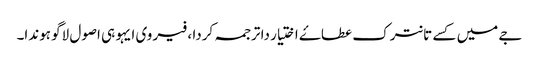
جے میں کسے تانترک عطاۓ اختیار دا ترجمہ کردا ، فیر وی ایہو ہی اصول لاگو ہوندا۔